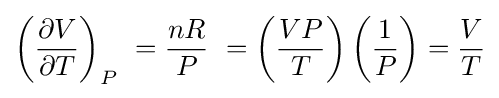
\left({\frac {\partial V}{\partial T}}\right)_{P}\ ={\frac {nR}{P}}\ =\left({\frac {VP}{T}}\right)\left({\frac {1}{P}}\right)={\frac {V}{T}}